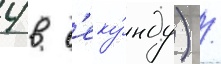
4 в с'еку́нду) /